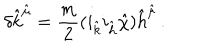
\delta { \hat { k } } ^ { \hat { \mu } } = \frac { m } { 2 } ( i _ { \hat { k } } i _ { \hat { h } } { \hat { \chi } } ) { \hat { h } } ^ { \hat { \mu } } \, .